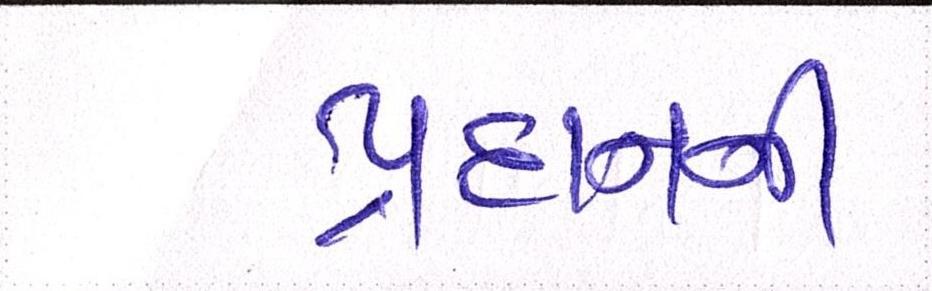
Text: પ્રદાનની